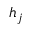
h _ { j }